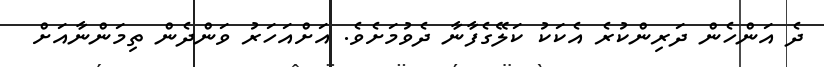
ދެ އަންހެން ދަރިންކުރެ އެކަކު ކަލޭގެފާނާ ދެވުމަށެވެ. އަށްއަހަރު ވަންދެން ތިމަންނާއަށް